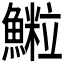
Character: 𩻑